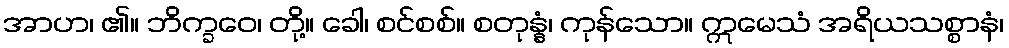
အာဟ၊ ၏။ ဘိက္ခဝေ၊ တို့။ ခေါ၊ စင်စစ်။ စတုန္နံ၊ ကုန်သော။ ဣမေသံ အရိယသစ္စာနံ၊